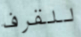
للقرف